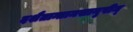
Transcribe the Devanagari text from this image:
दशैतान्तामसानृषीन्